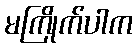
မကြိုက်ပါက